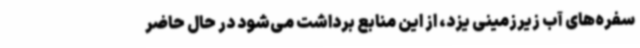
سفره‌های آب زیرزمینی یزد، از این منابع برداشت می‌شود در حال حاضر